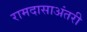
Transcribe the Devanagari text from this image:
रामदासाअंतरी